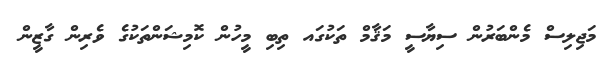
މަޖިލިސް މެންބަރުން ސިޔާސީ މަޤާމް ތަކުގައ ތިބި މީހުން ކޮމިޝަންތަކުގެ ވެރިން ގާޒީން